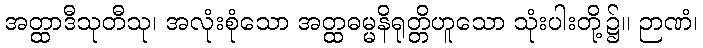
အတ္ထာဒီသုတီသု၊ အလုံးစုံသော အတ္ထဓမ္မနိရုတ္တိဟူသော သုံးပါးတို့၌။ ဉာဏံ၊